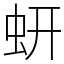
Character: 蚈